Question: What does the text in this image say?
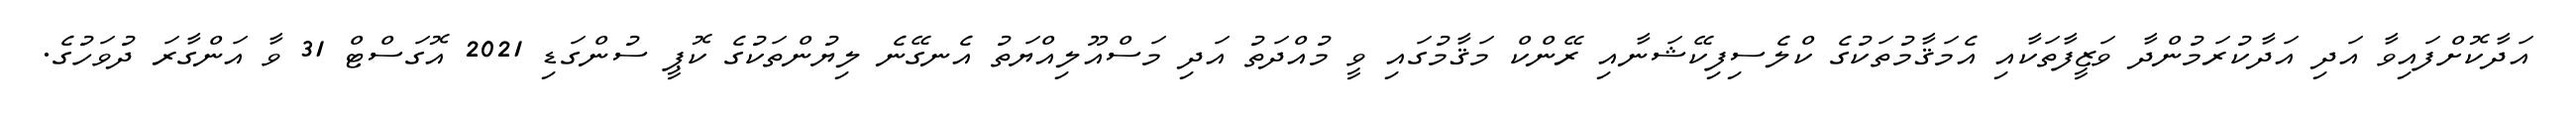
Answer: އަދާކޮށްފައިވާ އަދި އަދާކުރަމުންދާ ވަޒީފާތަކާއި އެމަޤާމުތަކުގެ ކްލެސިފިކޭޝަނާއި ރޭންކް މަޤާމުގައި ވީ މުއްދަތު އަދި މަސްއޫލިއްޔަތު އެނގޭނެ ލިޔުންތަކުގެ ކޮޕީ ސުންގަޑި 2021 އޮގަސްޓް 31 ވާ އަންގާރަ ދުވަހުގެ.